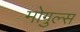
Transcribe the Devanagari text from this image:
मोगुल्स